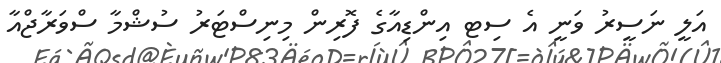
އަލީ ނަސީރު ވަނީ އެ ސިޓ އިންޑިއާގެ ފޮރިން މިނިސްޓަރު ސުޝްމާ ސްވަރާޖްއާ